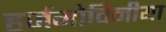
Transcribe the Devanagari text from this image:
हर्जगोविनीया